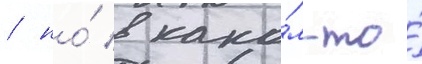
/ но́ в како́м-то́